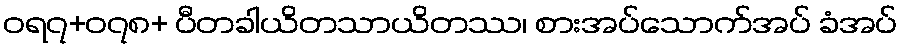
ဝရ၇+၀၇၈+ ပီတခါယိတသာယိတဿ၊ စားအပ်သောက်အပ် ခံအပ်